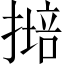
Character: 𱠩